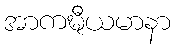
အာကဍ္ဎီယမာနာ